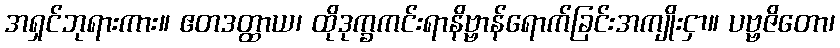
အရှင်ဘုရားကား။ ဧတဒတ္ထာယ၊ ထိုဒုက္ခကင်းရာနိဗ္ဗာန်ရောက်ခြင်းအကျိုးငှာ။ ပဗ္ဗဇိတော၊